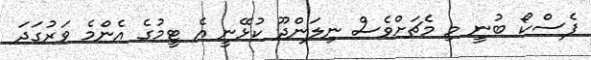
ފެސްކޯ ބުނީ މި މެޗަށްވެސް ނިލަންދޫ ކުޅޭނީ އެ ޓީމުގެ އެންމެ ވަރުގަދަ